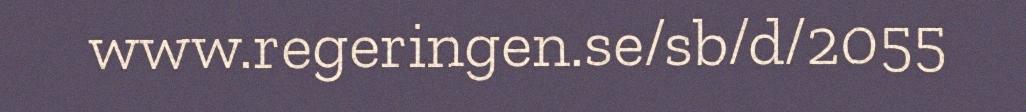
www.regeringen.se/sb/d/2055